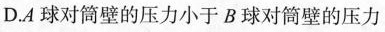
6D.A球对筒壁的压力小于B球对筒壁的压力